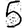
Digit: 5